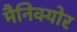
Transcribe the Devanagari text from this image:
मैनिक्‍योर